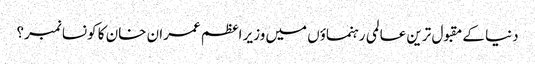
دنیا کے مقبول ترین عالمی رہنماؤں میں وزیر اعظم عمران خان کا کونسا نمبر؟